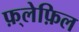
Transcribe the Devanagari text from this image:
फ़्लेफ़िल